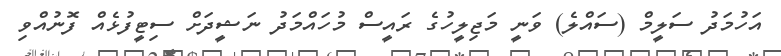
އަހުމަދު ސަލީމް (ސައްލެ) ވަނީ މަޖިލީހުގެ ރައީސް މުހައްމަދު ނަޝީދަށް ސިޓީފުޅެއް ފޮނުއްވި